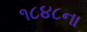
૧૮૪૮ના